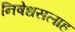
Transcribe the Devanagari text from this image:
निषेधसलाह